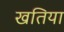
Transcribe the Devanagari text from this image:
खतिया